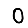
Digit: 0